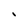
Character: i